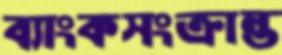
ব্যাংকসংক্রান্ত